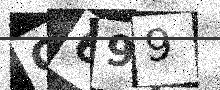
Text: C699